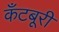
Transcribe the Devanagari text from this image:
कँटबूरी